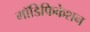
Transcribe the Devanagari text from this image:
मॉडिफिकेशन